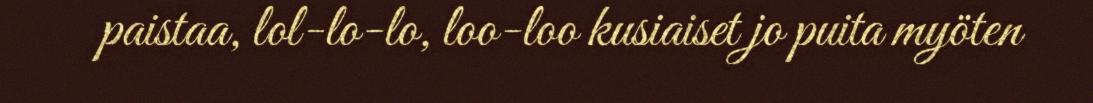
paistaa, lol-lo-lo, loo-loo kusiaiset jo puita myöten